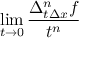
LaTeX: \operatorname* { l i m } _ { t \to 0 } { \frac { \Delta _ { t \Delta x } ^ { n } f } { t ^ { n } } }